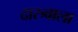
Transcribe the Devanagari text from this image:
दारुवाला